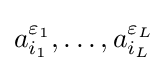
a_{i_{1}}^{\varepsilon _{1}},\ldots ,a_{i_{L}}^{\varepsilon _{L}}